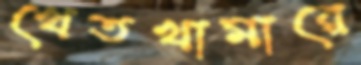
খেতখামারে